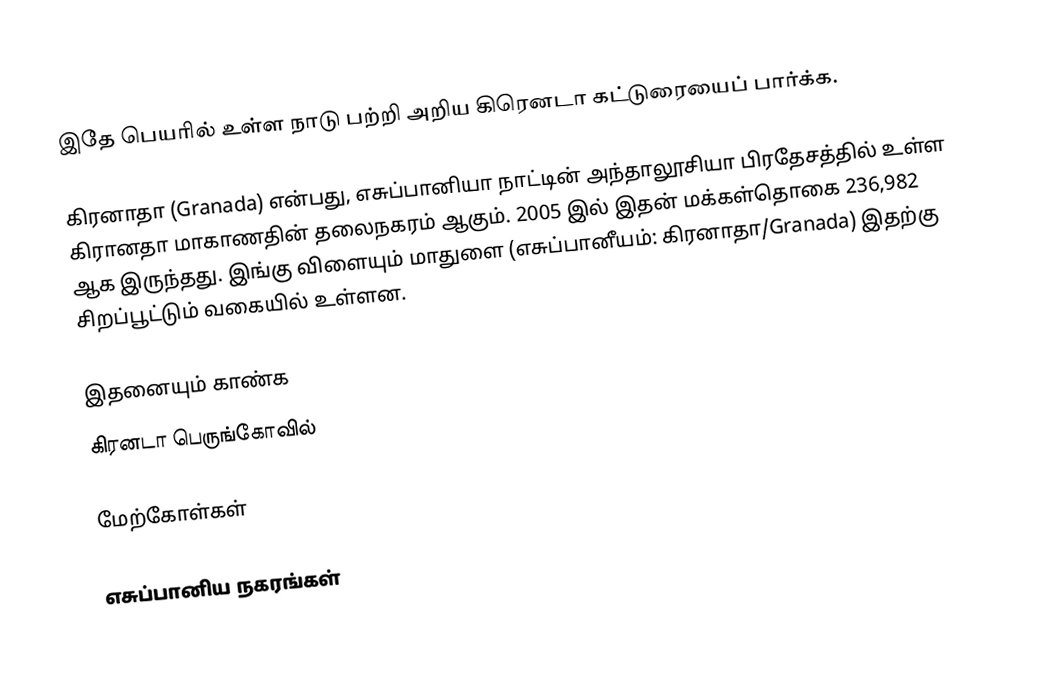
இதே பெயரில் உள்ள நாடு பற்றி அறிய கிரெனடா கட்டுரையைப் பார்க்க.

கிரனாதா (Granada) என்பது, எசுப்பானியா நாட்டின் அந்தாலூசியா பிரதேசத்தில் உள்ள கிரானதா மாகாணதின் தலைநகரம்  ஆகும். 2005 இல் இதன் மக்கள்தொகை 236,982 ஆக இருந்தது. இங்கு விளையும் மாதுளை (எசுப்பானீயம்: கிரனாதா/Granada) இதற்கு சிறப்பூட்டும் வகையில் உள்ளன.

இதனையும் காண்க
கிரனடா பெருங்கோவில்

மேற்கோள்கள்

எசுப்பானிய நகரங்கள்